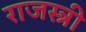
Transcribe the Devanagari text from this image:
राजस्त्री